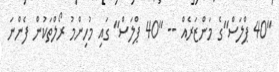
"40 ޕްލަސް"ގެ މަންޒަރެއް -- "40 ޕްލަސް" ގައި މުހިންމު ރޯލްތަކުން ފެންނަ